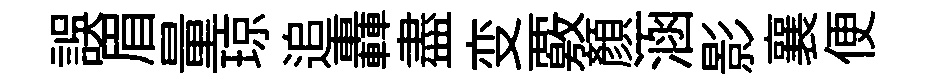
誤眉量琼追轟盡变覈顔涵影襄便